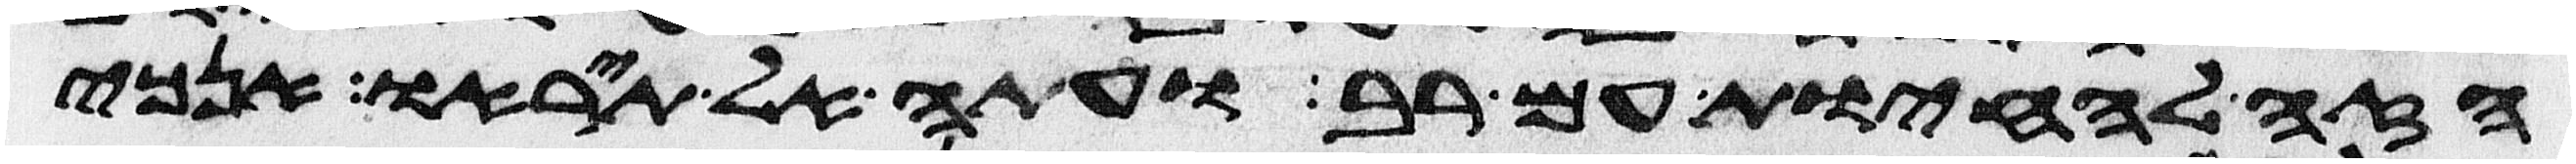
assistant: הזה להחיות עם רב ועתה אל תיראו אנכי